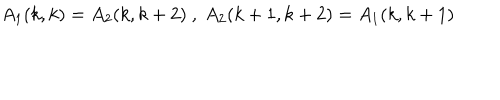
A _ { 1 } ( k , k ) = A _ { 2 } ( k , k + 2 ) \ , \ A _ { 2 } ( k + 1 , k + 2 ) = A _ { 1 } ( k , k + 1 )